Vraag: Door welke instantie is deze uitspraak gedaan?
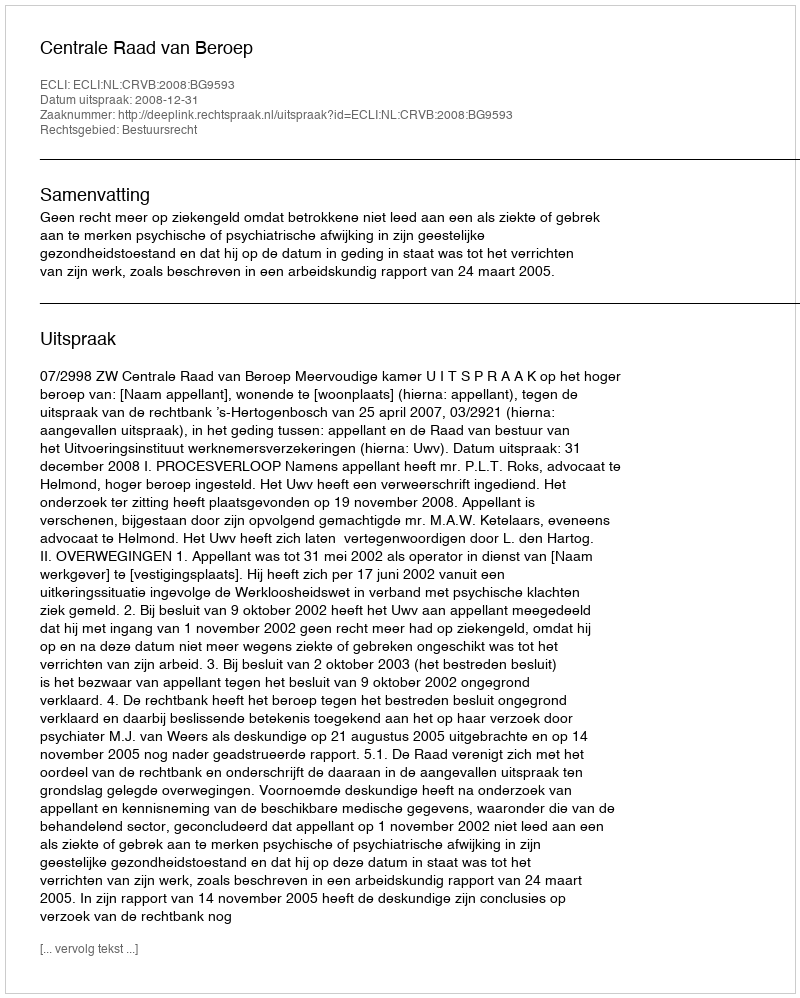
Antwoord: Centrale Raad van Beroep